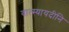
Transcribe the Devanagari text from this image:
वात्स्यायदीनि